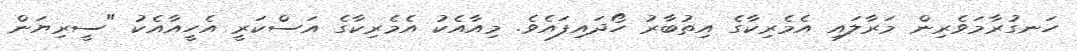
ހަނގުރާމަވެރިން މަރާލައި އެމެރިކާގެ އިތުބާރު ހޯދައިފައެވެ. މިއާއެކު އެމެރިކާގެ އަސްކަރީ އެހީއާއެކު "ސީރިޔަން